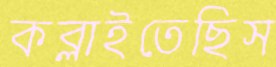
কব্‌লাইতেছিস